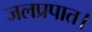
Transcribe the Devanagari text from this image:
जलप्रपात।